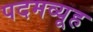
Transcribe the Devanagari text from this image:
पदमव्यूह